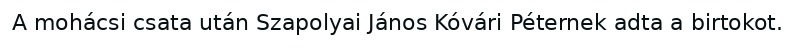
A mohácsi csata után Szapolyai János Kóvári Péternek adta a birtokot.